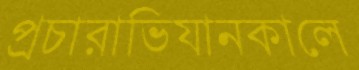
প্রচারাভিযানকালে